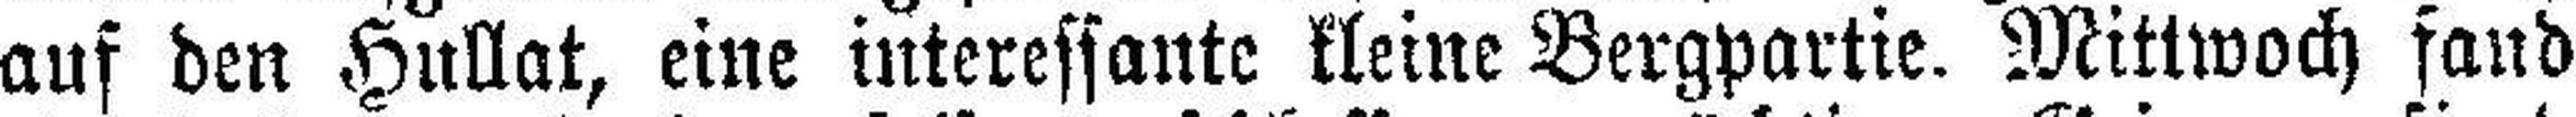
auf den Hullat, eine interessante kleine Bergpartie. Mittwoch fand